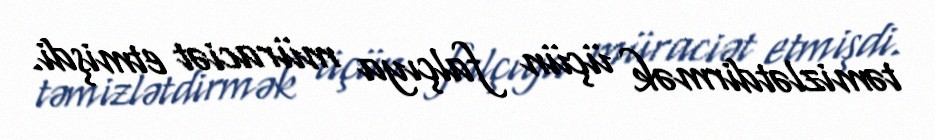
təmizlətdirmək üçün falçıya müraciət etmişdi.